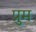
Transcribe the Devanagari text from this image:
प्रुम